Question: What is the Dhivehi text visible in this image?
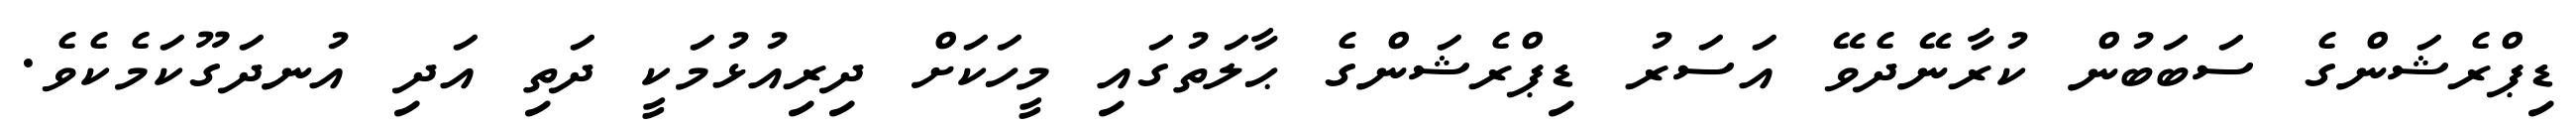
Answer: ޑިޕްރެޝަންގެ ސަބަބުން ކުރާނޭދެވޭ އަސަރު ޑިޕްރެޝަންގެ ޙާލަތުގައި މީހަކަށް ދިރިއުޅުމަކީ ދަތި އަދި އުނދަގޫކަމެކެވެ.